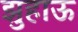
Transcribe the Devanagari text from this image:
झुहाऊ